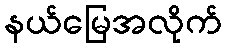
နယ်မြေအလိုက်